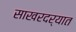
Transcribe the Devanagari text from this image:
साखरदर्यात